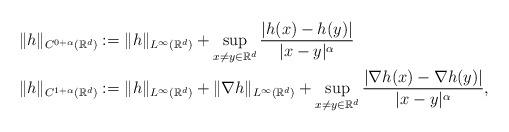
LaTeX: \begin{align*}&\|h\|_{C^{0+\alpha} (\mathbb R^d)}:= \| h \|_{L^\infty(\mathbb R^d)} + \sup_{x\neq y \in \mathbb R^d} \frac{|h(x)-h(y)|}{|x-y|^\alpha} \\& \|h\|_{C^{1+\alpha}(\mathbb R^d)} := \| h \|_{L^\infty(\mathbb R^d)} + \| \nabla h \|_{L^\infty(\mathbb R^d)} + \sup_{x\neq y \in \mathbb R^d} \frac{|\nabla h(x)-\nabla h(y)|}{|x-y|^\alpha},\end{align*}